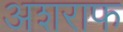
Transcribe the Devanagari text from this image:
अशराफ